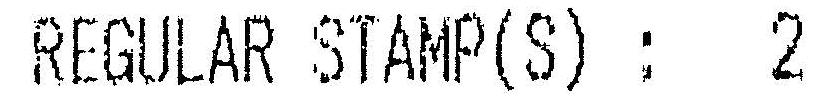
REGULAR STAMP(S) : 2